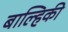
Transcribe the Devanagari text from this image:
बाल्हिकी